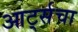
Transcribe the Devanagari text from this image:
आर्ट्सचा